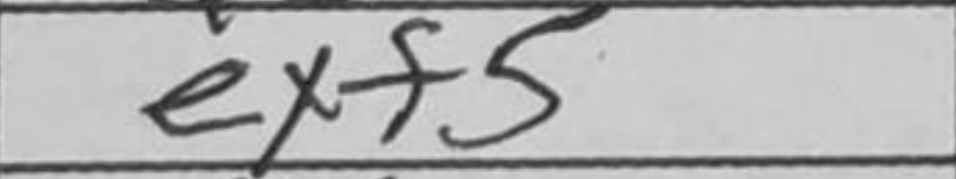
Transcription: exf5